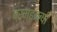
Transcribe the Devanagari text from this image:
ब्रम्हऋषी